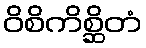
ဝိစိကိစ္ဆိတံ